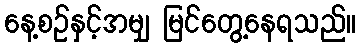
နေ့စဉ်နှင့်အမျှ မြင်တွေ့နေရသည်။